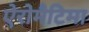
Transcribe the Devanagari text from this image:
ऐरोमैटिमा